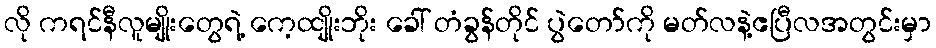
လို ကရင်နီလူမျိုးတွေရဲ့ ကေ့ထျိုးဘိုး ခေါ် တံခွန်တိုင် ပွဲတော်ကို မတ်လနဲ့ဧပြီလအတွင်းမှာ